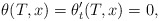
\begin{align*}\theta(T,x)=\theta^{\prime}_t(T,x)=0,\end{align*}